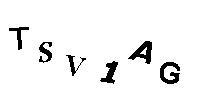
TSV1AG